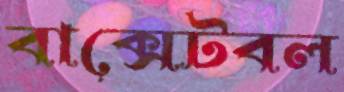
বাক্সেটবল